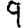
Digit: 9